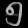
Digit: ၅